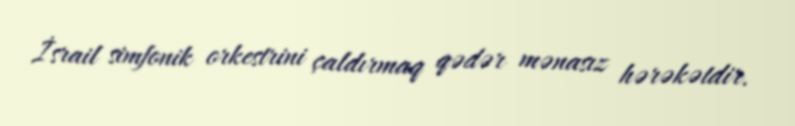
İsrail simfonik orkestrini çaldırmaq qədər mənasız hərəkətdir.